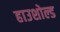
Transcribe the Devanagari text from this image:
हाउशोल्ड